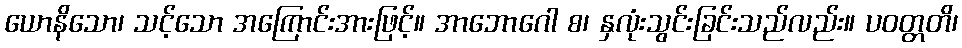
ယောနိသော၊ သင့်သော အကြောင်းအားဖြင့်။ အာဘောဂေါ စ၊ နှလုံးသွင်းခြင်းသည်လည်း။ ပဝတ္တတိ၊